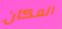
المكان